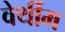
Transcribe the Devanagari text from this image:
वेर्थीम